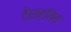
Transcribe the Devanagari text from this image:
टेराटॉयड